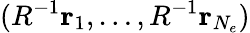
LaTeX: (R^{-1}{\mathbf{r}}_{1},\ldots,R^{-1}{\mathbf{r}}_{N_{e}})